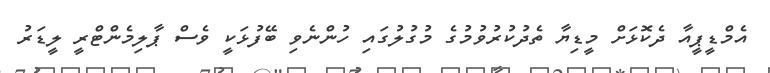
އެމްޑީޕީއާ ދެކޮޅަށް މީޑިޔާ ތެދުކުރުވުމުގެ މުގުލުގައި ހުންނެވި ބޭފުޅަކީ ވެސް ޕާލިމެންޓްރީ ލީޑަރު